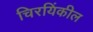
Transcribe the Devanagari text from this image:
चिरयिंकील